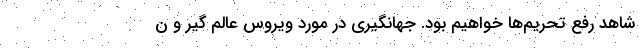
شاهد رفع تحریم‌ها خواهیم بود. جهانگیری در مورد ویروس عالم گیر و ن